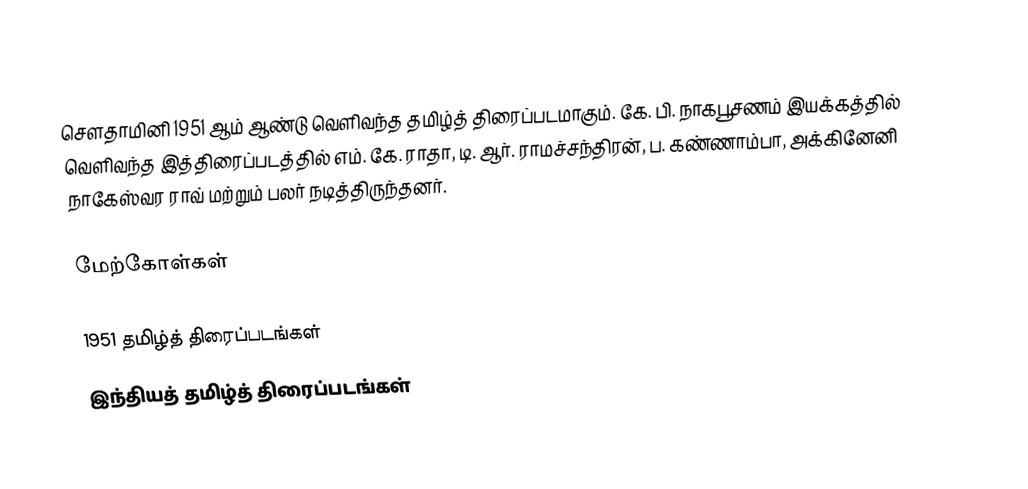
சௌதாமினி 1951 ஆம் ஆண்டு வெளிவந்த தமிழ்த் திரைப்படமாகும். கே. பி. நாகபூசணம் இயக்கத்தில் வெளிவந்த இத்திரைப்படத்தில் எம். கே. ராதா, டி. ஆர். ராமச்சந்திரன், ப. கண்ணாம்பா, அக்கினேனி நாகேஸ்வர ராவ்  மற்றும் பலர் நடித்திருந்தனர்.

மேற்கோள்கள்

1951 தமிழ்த் திரைப்படங்கள்
இந்தியத் தமிழ்த் திரைப்படங்கள்